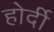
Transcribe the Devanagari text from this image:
होर्दी